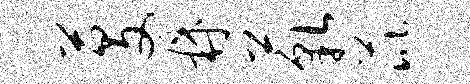
芟鼎藐芘